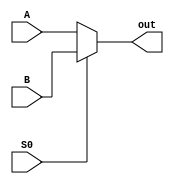
`timescale 1ns / 1ps
//////////////////////////////////////////////////////////////////////////////////
// Company: 
// Engineer: 
// 
// Design Name: 
// Module Name:    mux8 
// Project Name: 
// Target Devices: 
// Tool versions: 
// Description: 
//
// Dependencies: 
//
// Revision: 
// Revision 0.01 - File Created
// Additional Comments: 
//
//////////////////////////////////////////////////////////////////////////////////

module mux8(
	input [7:0] A, 
	input [7:0] B,
	input S0,
	output [7:0] out
    );
	
	assign out = (S0)? B: A;

endmodule